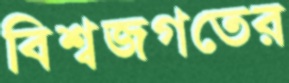
বিশ্বজগতের